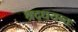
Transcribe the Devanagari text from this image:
श्रद्धयन्तः